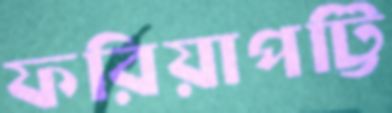
ফরিয়াপট্টি